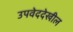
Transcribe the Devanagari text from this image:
उपवेददेखील